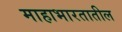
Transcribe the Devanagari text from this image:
माहाभारतातील